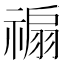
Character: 𥛊